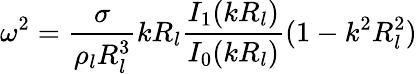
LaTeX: \omega^{2}=\frac{\sigma}{\rho_{l}R_{l}^{3}}kR_{l}\frac{I_{1}(kR_{l})}{I_{0}(kR_{l})}(1-k^{2}R_{l}^{2})